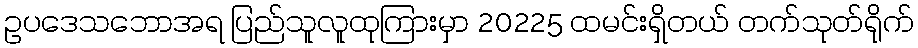
ဥပဒေသဘောအရ ပြည်သူလူထုကြားမှာ 20225 ထမင်းရှိတယ် တက်သုတ်ရိုက်